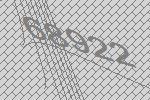
68922